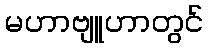
မဟာဗျူဟာတွင်